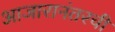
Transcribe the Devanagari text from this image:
आजारानंतरची